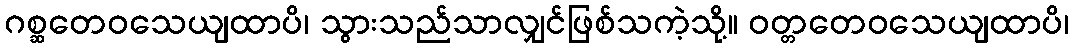
ဂစ္ဆတေဝသေယျထာပိ၊ သွားသည်သာလျှင်ဖြစ်သကဲ့သို့။ ဝတ္တတေဝသေယျထာပိ၊